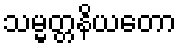
သမ္မတ္တနိယတော